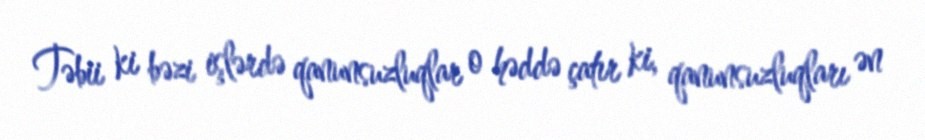
Təbii ki bəzi işlərdə qanunsuzluqlar o həddə çatır ki, qanunsuzluqları ən